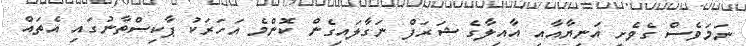
ނަމަވެސް ގެވެށި އަނިޔާއާއި އާއިލާގެ ޝަރަފް ނަގާލައިގެން ކޮންމެ އަހަރަކު ޕާކިސްތާނުގައި އެތައް